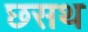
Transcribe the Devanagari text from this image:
छसथ